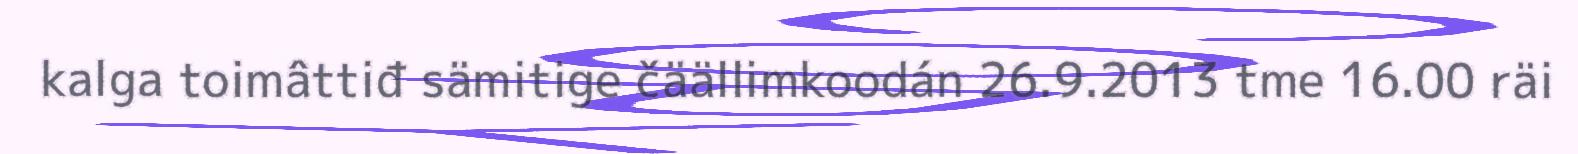
kalga toimâttiđ sämitige čäällimkoodán 26.9.2013 tme 16.00 räi